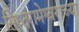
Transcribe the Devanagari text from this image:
सिध्दरामेश्वराच्या